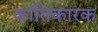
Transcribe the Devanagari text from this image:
कांतिकारक